Civil Veterinary Department Bengal reports 1923-33 - 1923-1933
Year: 1923
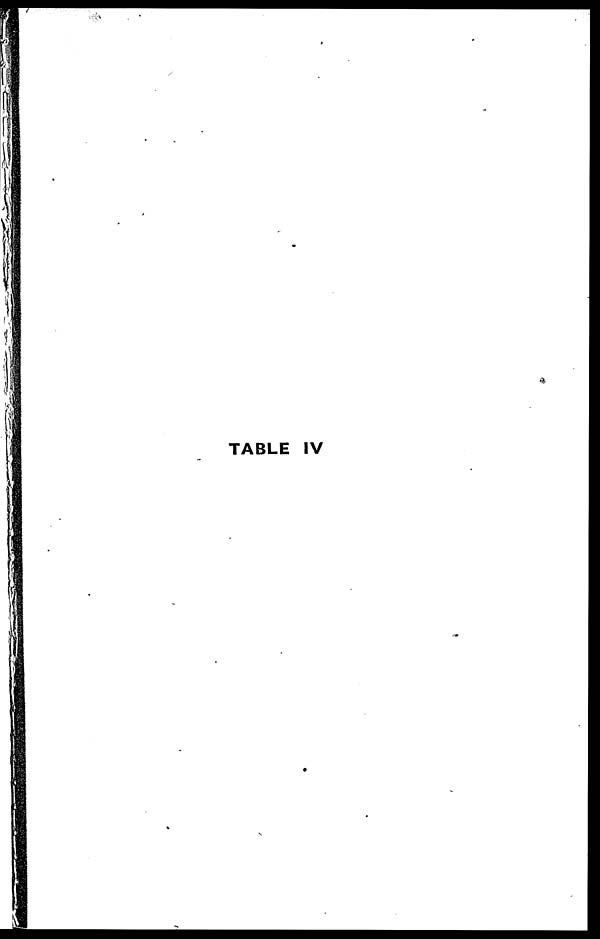
TABLE IV